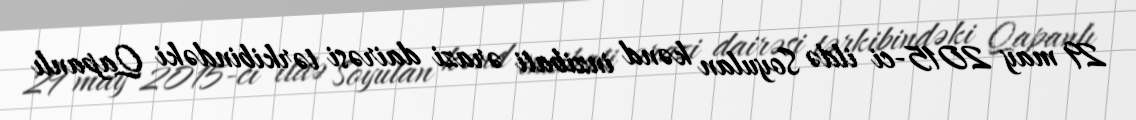
29 may 2015-ci ildə Soyulan kənd inzibati ərazi dairəsi tərkibindəki Qapanlı